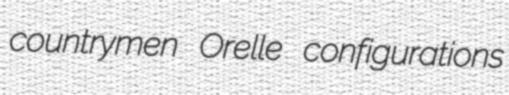
countrymen Orelle configurations